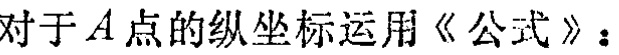
对于\(A\)点的纵坐标运用《公式》：